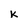
Character: k